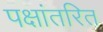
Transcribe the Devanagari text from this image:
पक्षांतरित